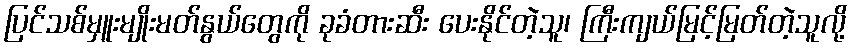
ပြင်သစ်မှူးမျိုးမတ်နွယ်တွေကို ခုခံတားဆီး ပေးနိုင်တဲ့သူ၊ ကြီးကျယ်မြင့်မြတ်တဲ့သူလို့